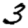
Digit: 3